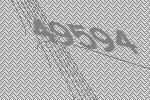
49594